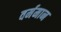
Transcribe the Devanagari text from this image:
वर्ममान